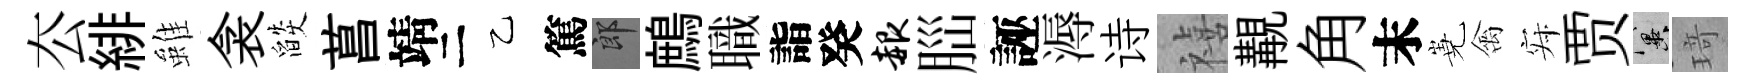
厺緋雖衾燄菖靖二乙篤郎鷓職詣癸赧𦛁誣溽诗禧覯角末嶤禽寂贾冀𤦺